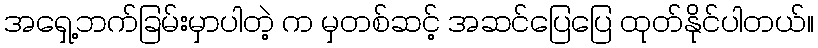
အရှေ့ဘက်ခြမ်းမှာပါတဲ့ က မှတစ်ဆင့် အဆင်ပြေပြေ ထုတ်နိုင်ပါတယ်။